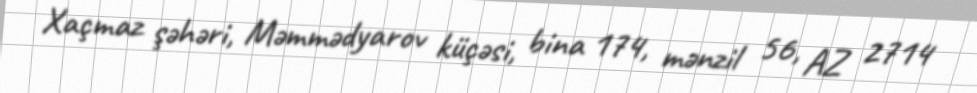
Xaçmaz şəhəri, Məmmədyarov küçəsi, bina 174, mənzil 56, AZ 2714